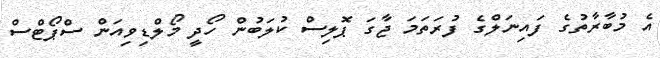
އެ މުބާރާތުގެ ފައިނަލްގެ ފުރަތަމަ ޖާގަ ޕޮލިސް ކުލަބުން ހޯދީ މޯލްޑިވިއަން ސްޕޯޓްސް